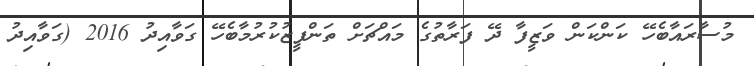
މުސާރައާބެހޭ ކަންކަން ވަޒީފާ ދޭ ފަރާތުގެ މައްޗަށް ތަންފީޒުކުރުމާބެހޭ ގަވާއިދު 2016 (ގަވާއިދު